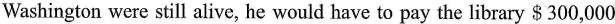
Washington were still alive,he would have to pay the library $300,000